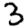
Digit: 3